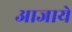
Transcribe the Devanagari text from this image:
आजाये